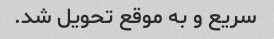
سریع و به موقع تحویل شد.